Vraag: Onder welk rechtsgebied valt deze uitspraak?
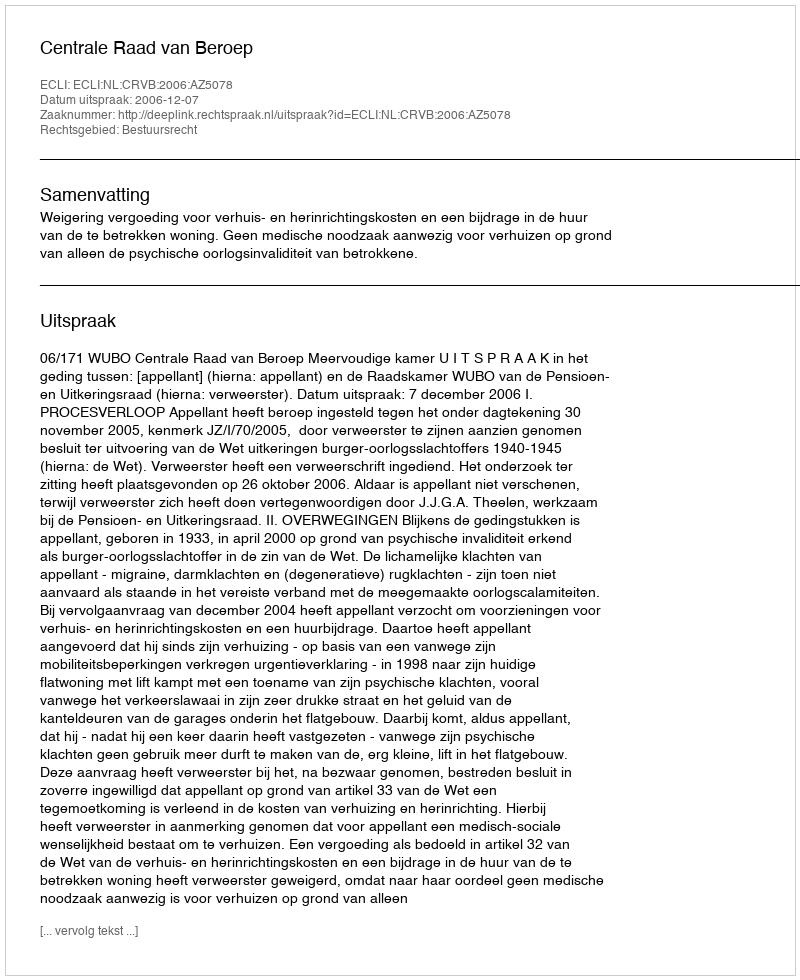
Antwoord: Bestuursrecht